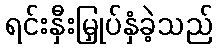
ရင်းနှီးမြှုပ်နှံခဲ့သည်